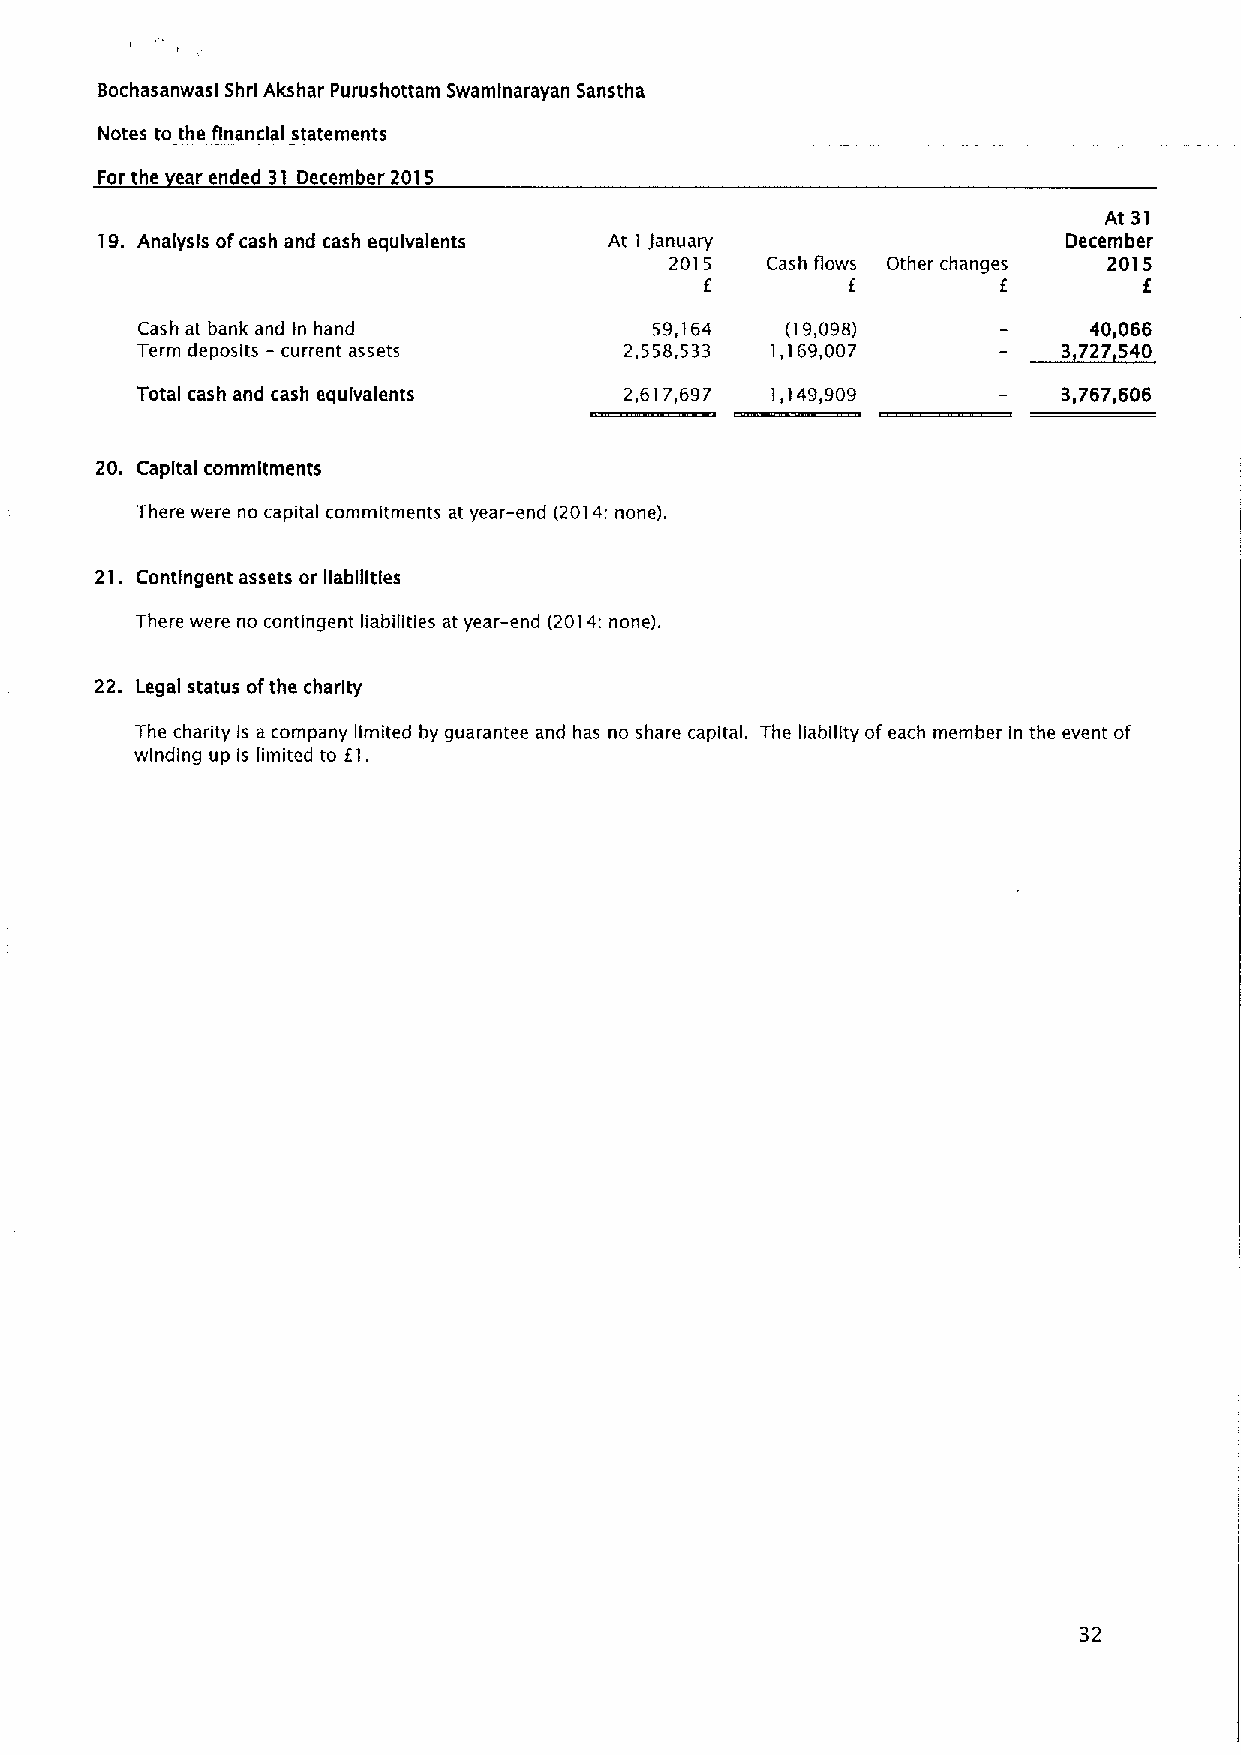
Bochasanwasl Shrl Akshar Purushottam Swamlnarayan Sanstha
 Notes to the financia statements
 For the ear ended 31 December 2015
 At 31
 19. Analysis ofcash and cash equivalents At I January           December
 2015   Cash flows Other changes 2015
 f        E         f         6
 Cash at bank and In hand          59,164   (I9,098)            40,066
 Term deposits —current assets   2,558,533 1,169,007          3 727 343
 Total cash and «ash equivalents 2,617,697 1,149,909          3,767,606
 20. Capital commitments
 There were no capital commitments at year-end (2014:none).
 21. Contingent assets or liabilities
 There were no contingent liabilities at year-end (2014:none).
 22. Legal status ofthe charity
 The charity is a company limited by guarantee and has no share capital. The liability ofeach member in the event of
 winding up is limited to EI.
 32